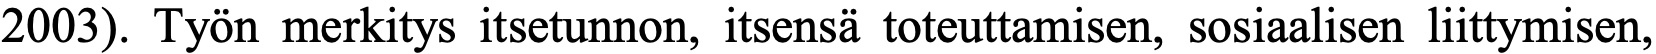
2003). Työn merkitys itsetunnon, itsensä toteuttamisen, sosiaalisen liittymisen,